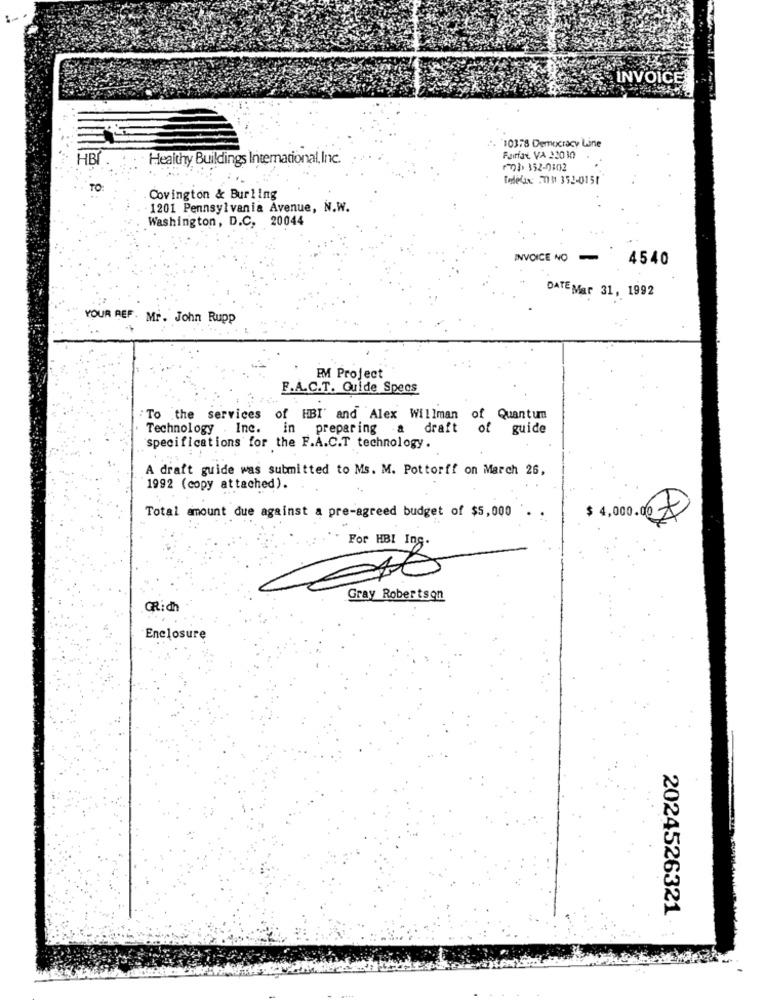
INVOICE
"10378 Democracy Line
HB
Healthy Buildings International, Inc.
Fairfax VA 32030
1703 352-0102
Telefax: 2070 352-0151
Covington & Burling
1201 Pennsylvania Avenue, N.W.
Washington, D.C, 20044
INVOICE NO
-
4540
DATE Mar 31, 1992
YOUR REF . Mr. John Rupp
EM Project
F.A.C.T. Guide Specs
To the services of HBI' and Alex Willman of Quantum
Technology . Inc.
in preparing
draft
of
guide
specifications for the F.A.C.T technology.
A draft guide was submitted to Ms. M. Pottorff on March 26,
1992 (copy attached).
Total amount due against a pre-agreed budget of $5,000
$ 4,000.00
For HBI InS-
Gray Robertson
GRich
Enclosure
2024526321